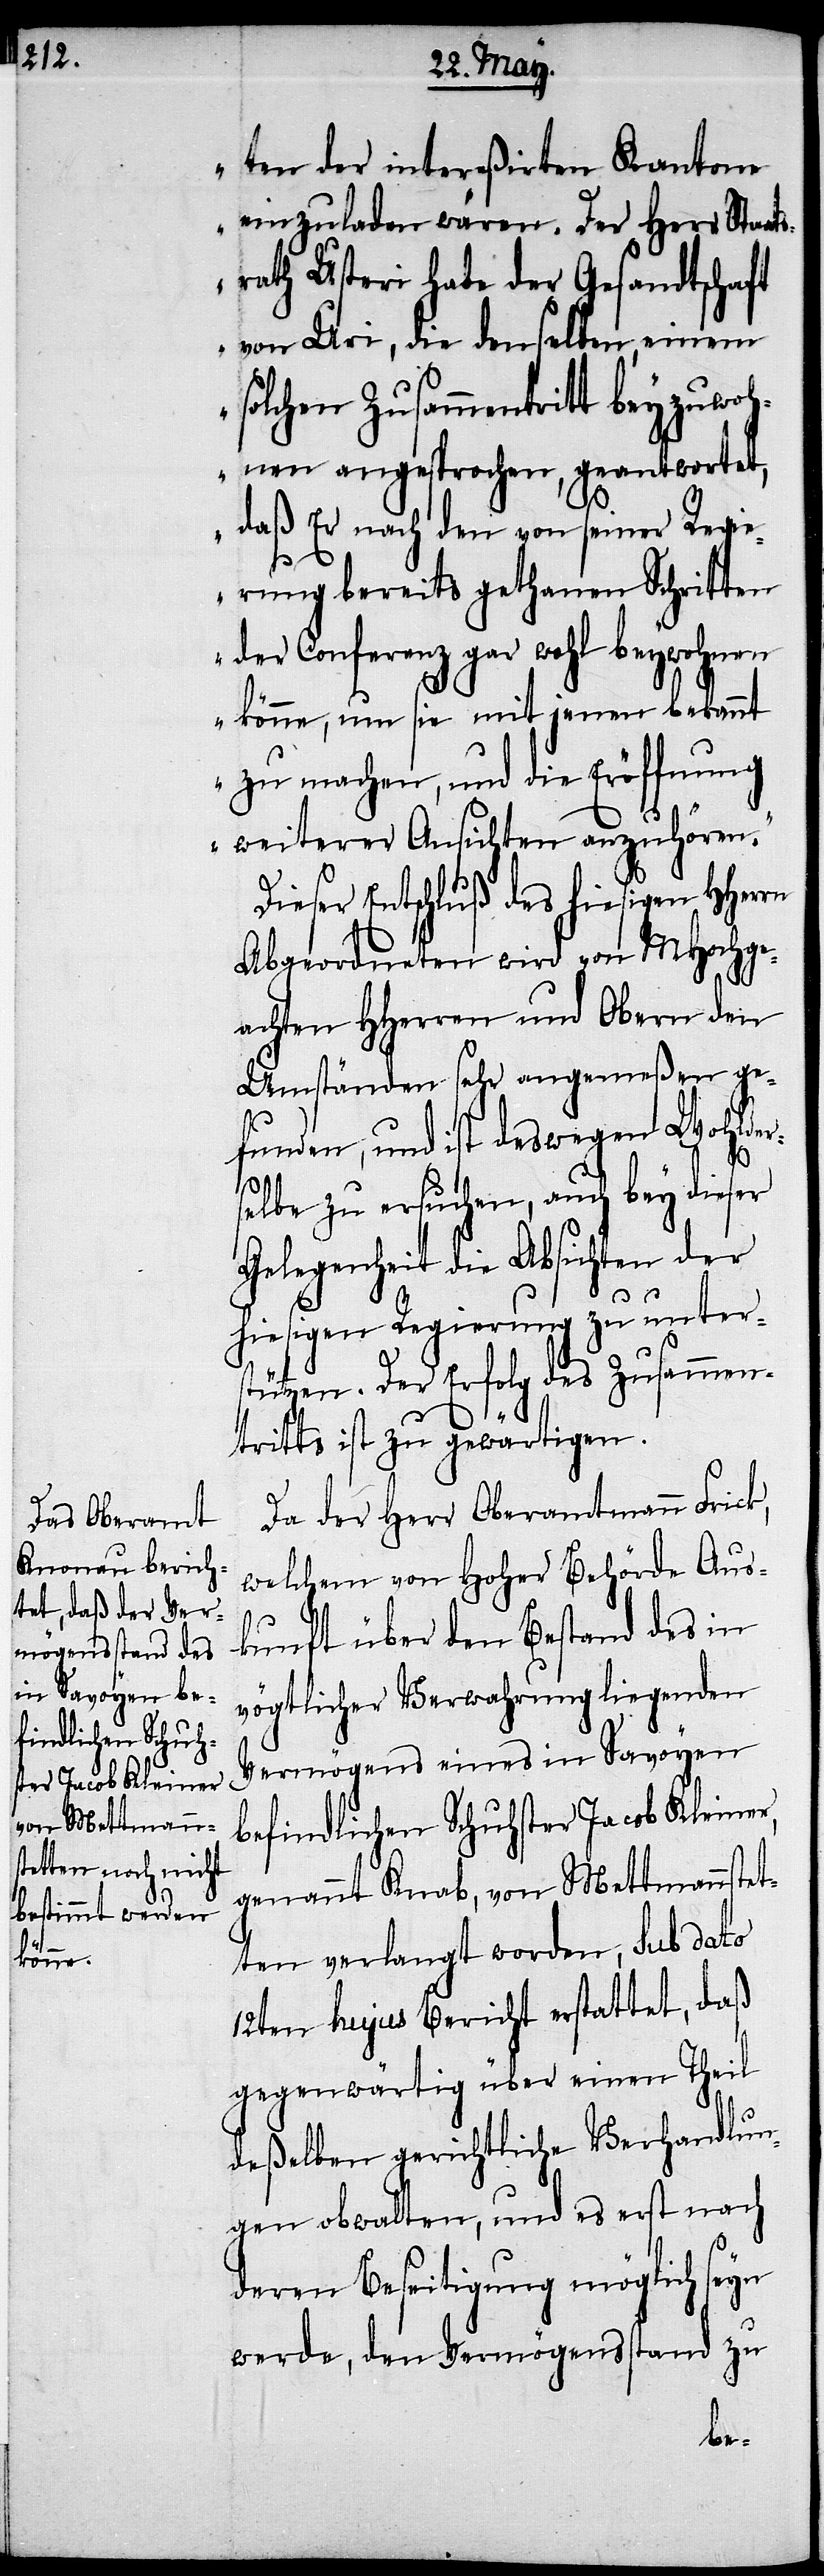
ten der intereßirten Kantone
einzuladen wären. Der Herr Staat¬
srath Usteri habe der Gesandtschaft
von Uri, die denselben, einem
solchen Zusammentritt beyzuwoh¬
nen angesprochen, geantwortet,
daß Er nach den von seiner Regi¬
erung bereits gethanen Schritten
der Conferenz gar wohl beywohnen
könne, um sie mit jenen bekannt
zu machen, und die Eröffnung
weiterer Ansichten anzuhören.“
Dieser Entschluß des hiesigen HHer¬
Abgeordneten wird von MHochge¬
achten HHerren und Obern den
Umständen sehr angemeßen ge¬
funden, und ist deswegen Wohlder¬
selbe zu ersuchen, auch bey dieser
Gelegenheit die Absichten der
hiesigen Regierung zu unter¬
stützen. Der Erfolg des Zusammen¬
k,
tritts ist zu gewärtigen.
Da der Herr Oberamtmann Fric¬
welchem von Hoher Behörde Aus¬
kunft über den Bestand des in
vögtlicher Verwahrung liegenden
Vermögens eines in Savoyen
befindlichen Schuhster Jacob Kleiner,
genannt Knab, von Mettmannstet¬
ten verlangt worden, sub dato
12ten hujus Bericht erstattet, daß
gegenwärtig über einen Theil
deßelben gerichtliche Verhandlun¬
gen obwalten, und es erst nach
deren Beseitigung möglich seyn
werde, den Vermögensstand zu